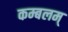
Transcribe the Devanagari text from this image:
कम्बलम्